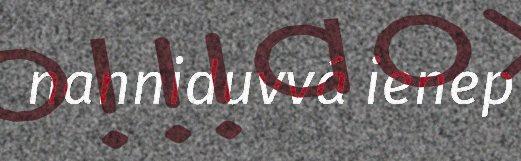
nanniduvvá ienep